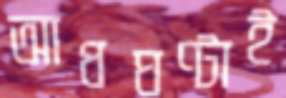
আধঘণ্টাই